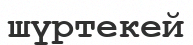
шүртекей